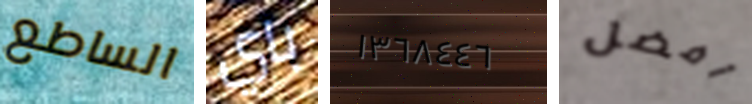
الساطع باي ١٣٦٨٤٤٦ أفضل